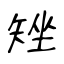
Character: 矬